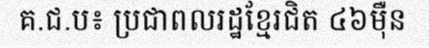
គ.ជ.ប៖ ប្រជាពលរដ្ឋខ្មែរជិត ៤៦ម៉ឺន